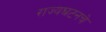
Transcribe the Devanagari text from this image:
राज्यघटनचे